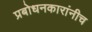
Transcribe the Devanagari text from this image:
प्रबोधनकारांनीच